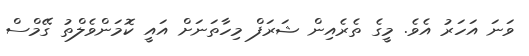
ވަނަ އަހަރު އެވެ. މީގެ ތެރެއިން ޝަރަފް މިހާތަނަށް އައީ ކޮމަންވެލްތު ގޭމްސް